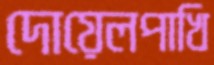
দোয়েলপাখি